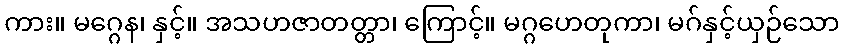
ကား။ မဂ္ဂေန၊ နှင့်။ အသဟဇာတတ္တာ၊ ကြောင့်။ မဂ္ဂဟေတုကာ၊ မဂ်နှင့်ယှဉ်သော